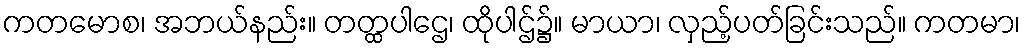
ကတမောစ၊ အဘယ်နည်း။ တတ္ထပါဌေ၊ ထိုပါဌ်၌။ မာယာ၊ လှည့်ပတ်ခြင်းသည်။ ကတမာ၊